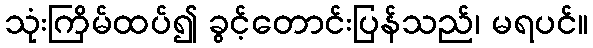
သုံးကြိမ်ထပ်၍ ခွင့်တောင်းပြန်သည်၊ မရပင်။